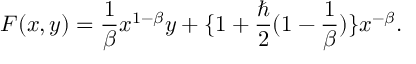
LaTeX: F ( x , y ) = \frac { 1 } { \beta } x ^ { 1 - \beta } y + \{ 1 + \frac { \hbar } { 2 } ( 1 - \frac { 1 } { \beta } ) \} x ^ { - \beta } .